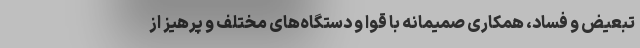
تبعیض و فساد، همکاری صمیمانه با قوا و دستگاه‌های مختلف و پرهیز از